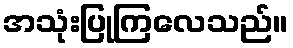
အသုံးပြုကြလေသည်။